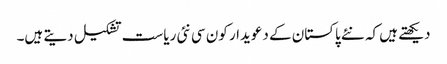
دیکھتے ہیں کہ نئے پاکستان کے دعویدار کون سی نئی ریاست تشکیل دیتے ہیں۔